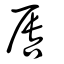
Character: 唇